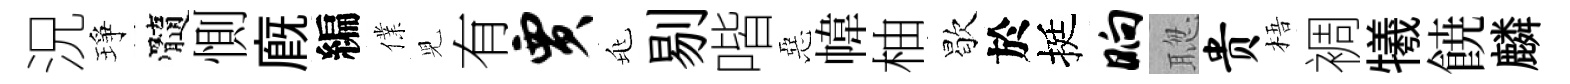
況琤髓惻廐編㒒児有贾兆剔喈惡幃柚歇於挺晌聦贵梧裯犧𩜙麟